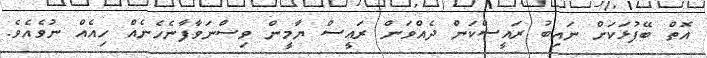
އޮތް ބޭފުޅަކަށް ނައިބު ރައީސްކަން ދެއްވަން ރައީސް ޔާމީން ވިސްނަވާފާނެހެނެއް ހިއެއް ނުވެއެވެ.